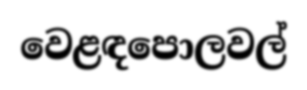
වෙළඳපොලවල්